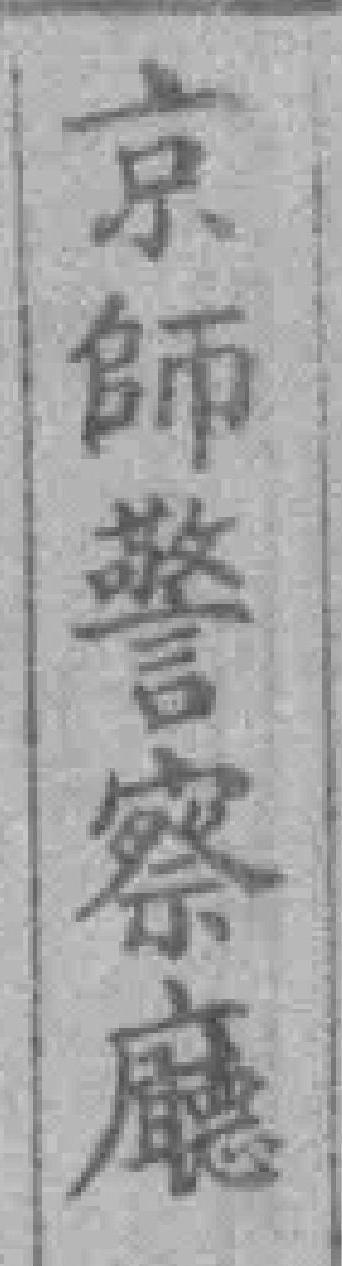
京師警察廳